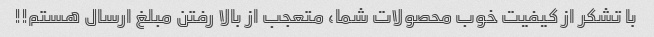
با تشکر از کیفیت خوب محصولات شما، متعجب از بالا رفتن مبلغ ارسال هستم!!